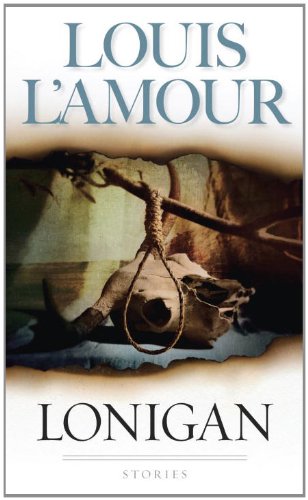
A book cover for Lonigan; Louis L'Amour; Literature & Fiction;